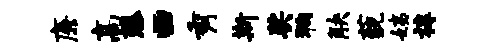
廉高藤画秀斯奖狗觖藐姨椁